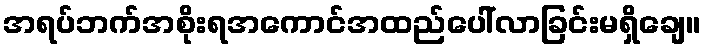
အရပ်ဘက်အစိုးရအကောင်အထည်ပေါ်လာခြင်းမရှိချေ။